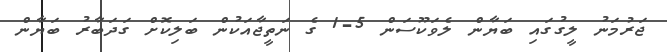
ޖަރުމަނު ލީގުގައި ބަޔާން ލެވަކޫސަން 5-1 ގެ ނަތީޖާއަކުން ބަލިކޮށް ގަދަބާރު ބަޔާން